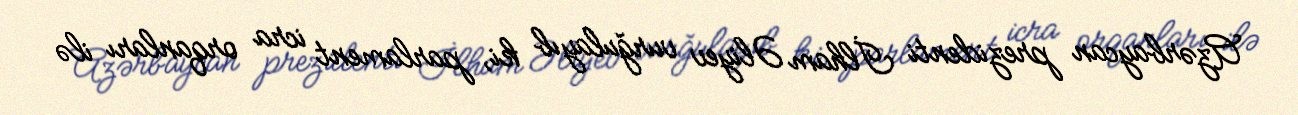
Azərbaycan prezidenti İlham Əliyev vurğulayıb ki, parlament icra orqanları ilə